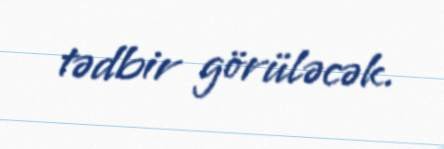
tədbir görüləcək.